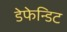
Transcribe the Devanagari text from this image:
डेफेन्डिट